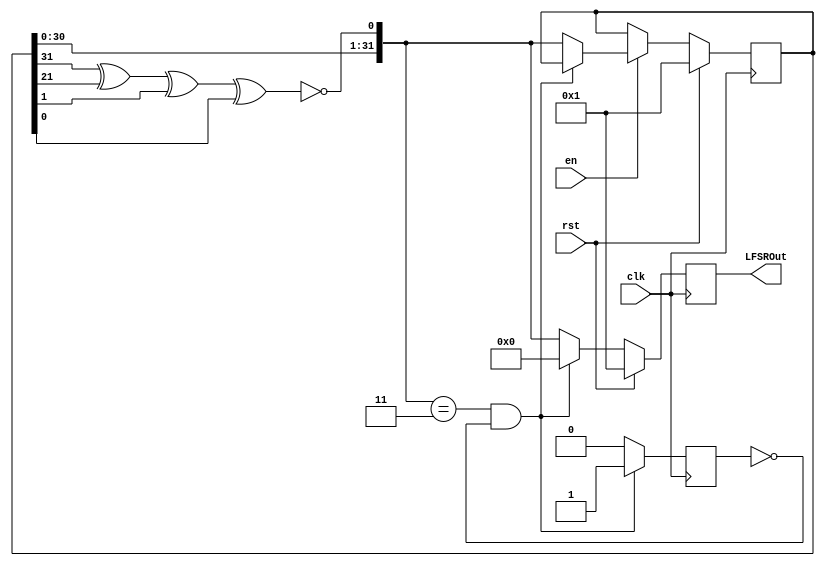
`timescale 1ns / 1ps
//////////////////////////////////////////////////////////////////////////////////
// Company: 
// Engineer: 
// 
// Design Name: 
// Module Name: LFSR
// Project Name: 
// Target Devices: 
// Tool Versions: 
// Description: 
// 
// Dependencies: 
// 
// Revision:
// Revision 0.01 - File Created
// Additional Comments:
// 
//////////////////////////////////////////////////////////////////////////////////


module LFSR #(parameter STAGES = 32, parameter [31 : 0] INIT = 32'd1)(
	input clk, input rst, input en,
	output [STAGES - 1 : 0] LFSROut
);

	reg [STAGES - 1 : 0] Q = INIT, D = 0, Out = INIT;
	reg one_check = 1'b0;

	always @(posedge clk) begin
		if(rst)
			Out <= INIT;
		else if(D == 32'h3 & ~one_check)
			Out <= 32'h0;
		else 
			Out <= D;
	end

	always @(posedge clk) begin
		if(D == 32'h3 & ~one_check)
			one_check <= 1'b1;
		else 
			one_check <= 1'b0;
	end

	always @(posedge clk) begin
		if(rst)
			Q <= INIT;
		else if(~en) // Synchronous enable and reset
			Q <= Q;
		else if (D == 32'h3 & ~one_check)
			Q <= Q;
		else 
			Q <= D;
	end

	always@(*) begin
		D = {Q[30:0], ~(Q[31]^Q[21]^Q[1]^Q[0])};
	end
	
	assign LFSROut = Out;

endmodule